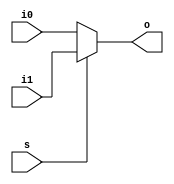
//  :  s = 0,    o   i0,  - i1
// Width -   ,   - 32
module mux2
  #(parameter Width = 32)
  ( input [Width-1:0] i0, i1,
    input s,
    output [Width-1:0] o
  );
  assign o = (s ? i1 : i0);
endmodule